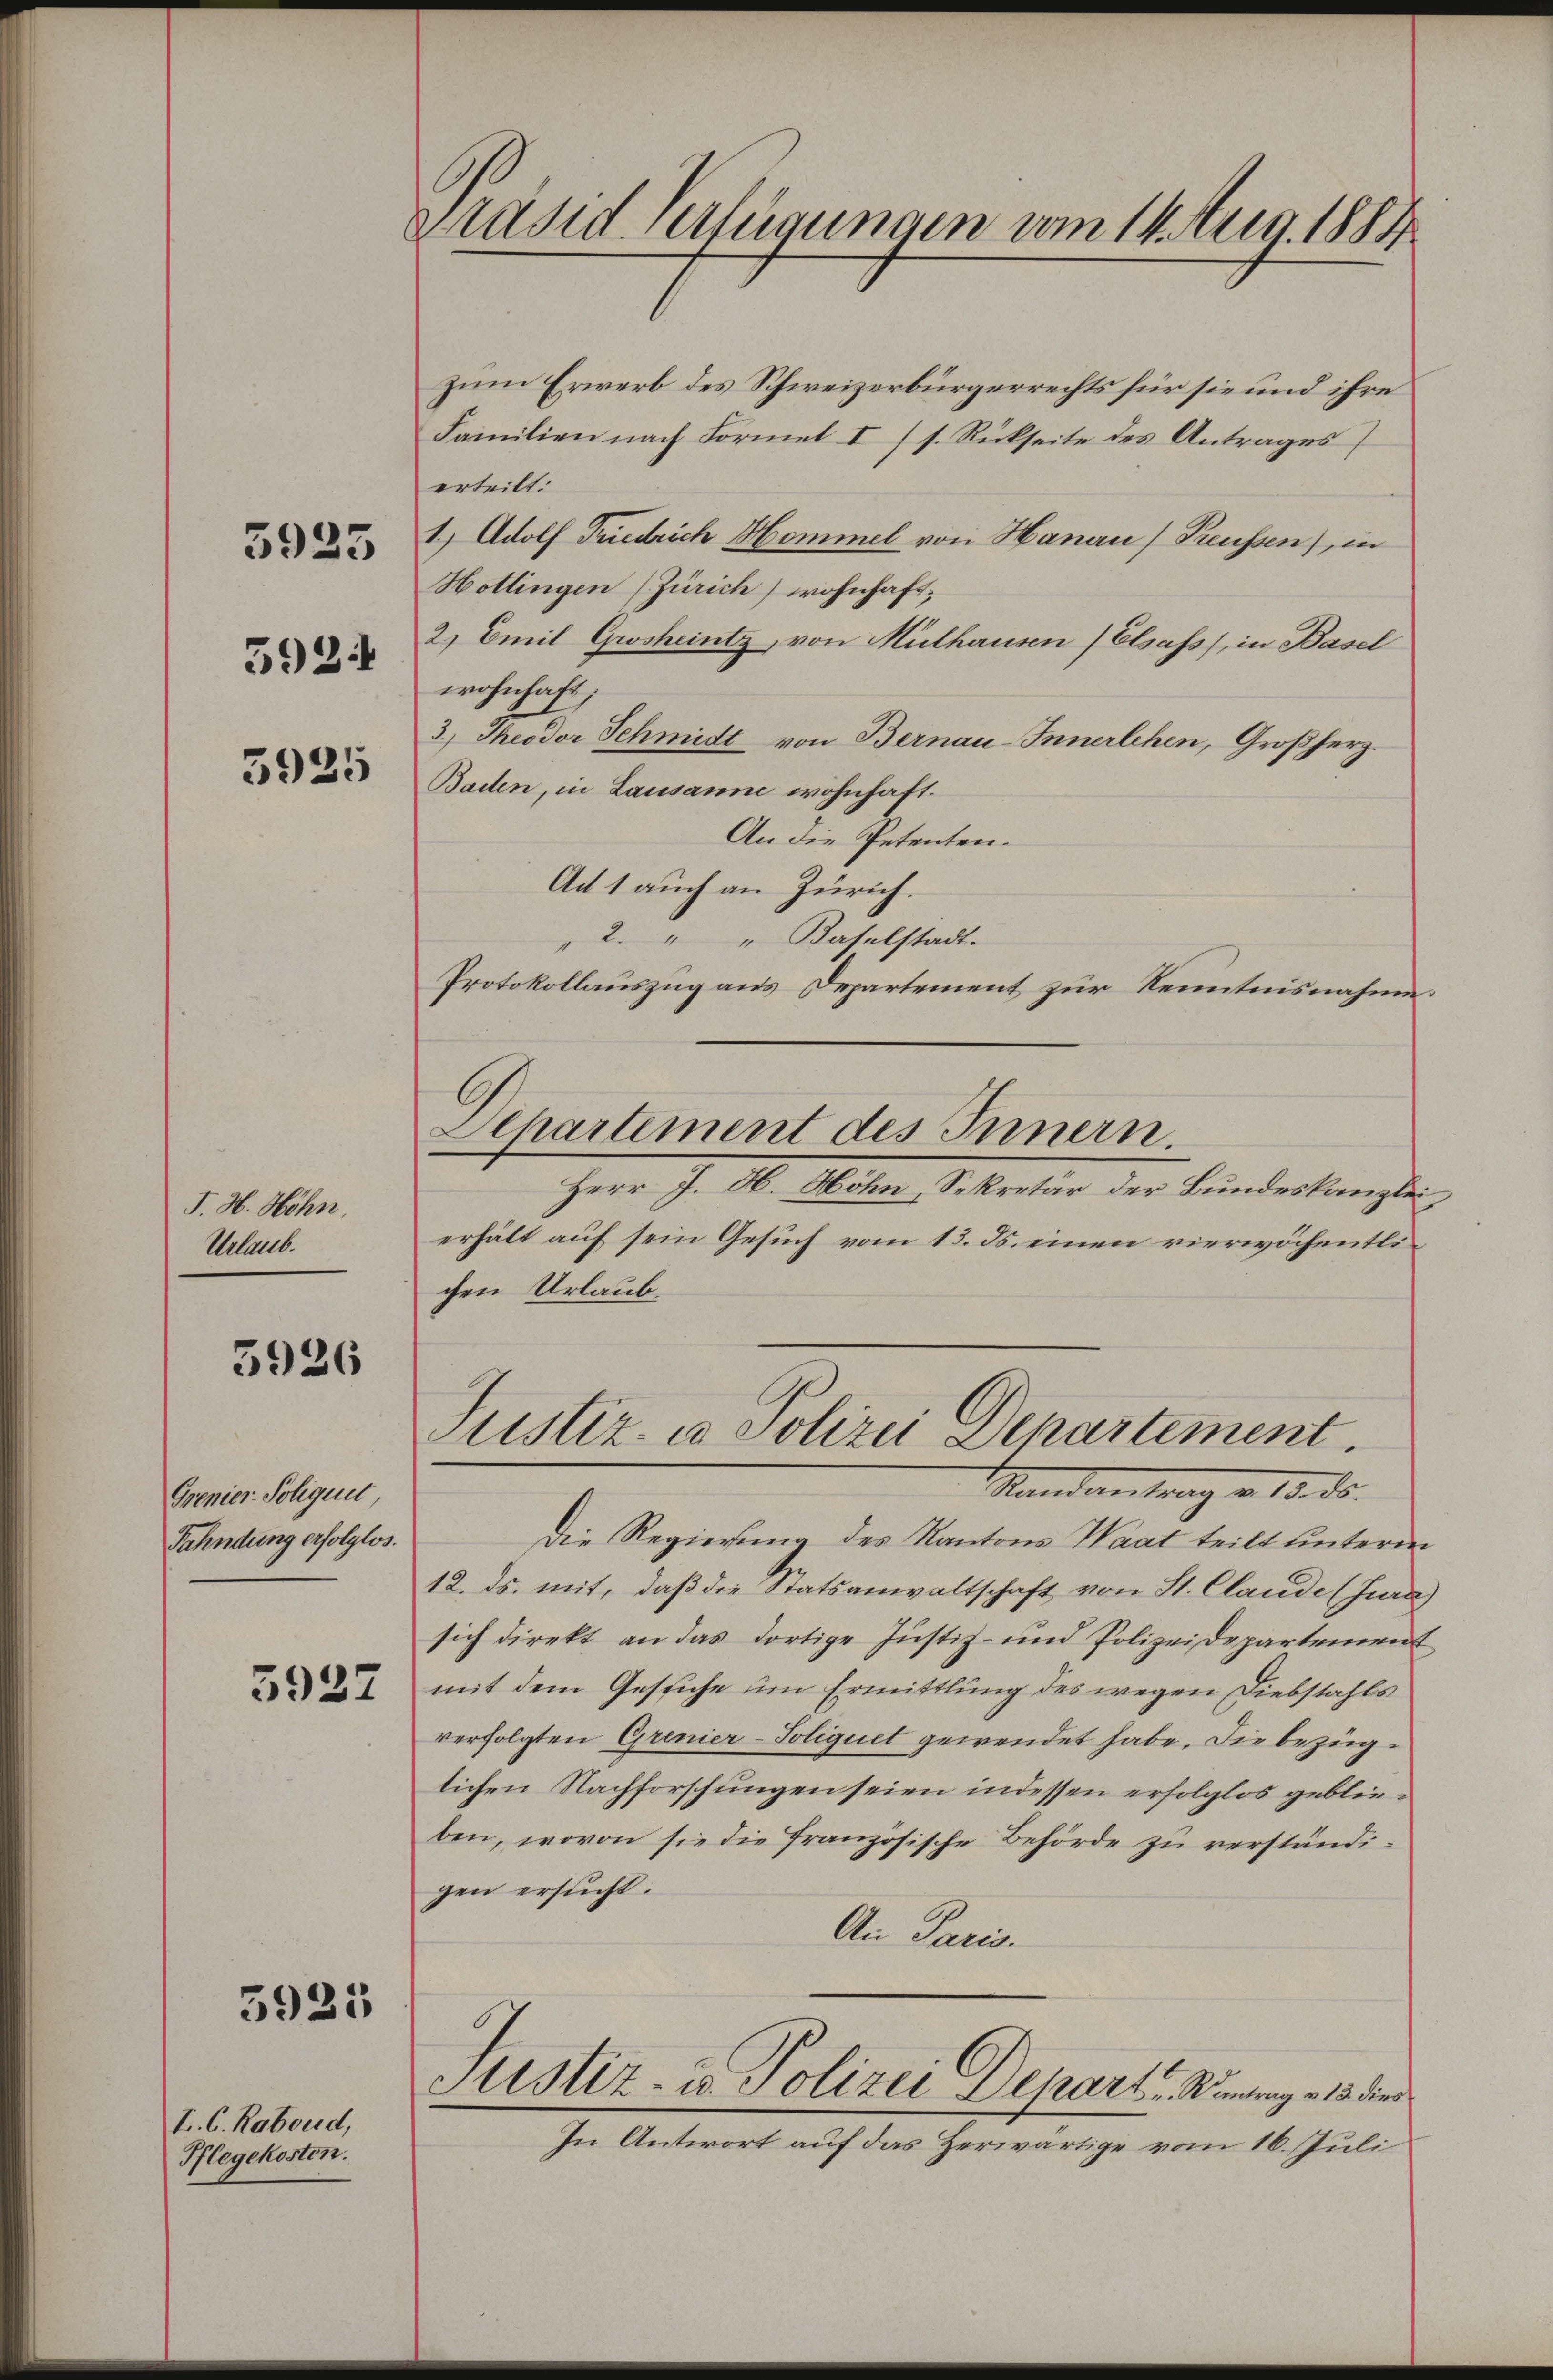
3923

392:

3925

J. H. Höhn.
Urlaub.

3926

Grenier-Poliquit
Fahndung erfolglos.

5927

3925

I. C. Roboud,
Pflegekosten.

Präsid. Verfügungen vom 14. Aug. 1884

zum Erwerb des Schweizerbürgerrechts für sie und ihre
Familien nach Formel I (s. Rückseite des Antrages
erteilt:
1.) Adolf Friedrich Hommel von Hanau) Preussen), in
Hottingen (Zürich wohnhaft;
2) Emil Grosheintz, von Mülhausen Elsass, in Basel
wohnhaft;
3.) Theodor Schmidt von Bernau-Innerlehen, Großherz.
Baden, in Lausanne wohnhaft.
An die Petenten.
Ach 1 auch an Zürich.
2. " " Baselstadt.
Protokollauszug aus Departement zur Kenntnisnahme.
Aepartement des Innern.
Herr J. H. Höhn, Sekretär der Bundeskanzlei,
erhält auf sein Gesuch vom 13. ds. einen vierwöchentlichen Urlaub¬

Justiz u. Polizei Departement.
Standvertrag v. 15. ds.

Die Regierung des Kantons Waat teilt unterm
12. ds. mit, daß die Statsanwaltschaft von St. Claude (Jura)
sich direkt an das dortige Justiz- und Polizeidepartement
mit dem Gesiche um Ermittlung des wegen Diebstahls
verfolgten Grenier-Soliquet gewendet habe. Die bezüglichen Nachforschungen seien indessen erfolglos geblieben, wovon sie die Französische Behörde zu verständigen ersucht.
An Paris.
Justiz- u. Polizei Depart u. Kontrag v. 15. dies
In Antwort auf das Herwärtige vom 16. Juli